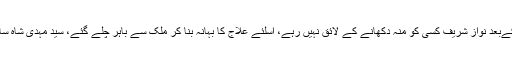
پانامہ لیکس کےبعد نواز شریف کسی کو منہ دکھانے کے لائق نہیں رہے، اسلئے علاج کا بہانہ بنا کر ملک سے باہر چلے گئے، سید مہدی شاہ سابق وزیر اعلی